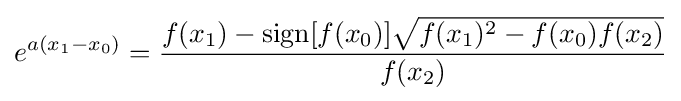
e^{a(x_{1}-x_{0})}={\frac {f(x_{1})-\operatorname {sign} [f(x_{0})]{\sqrt {f(x_{1})^{2}-f(x_{0})f(x_{2})}}}{f(x_{2})}}